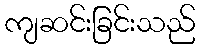
ကျဆင်းခြင်းသည်